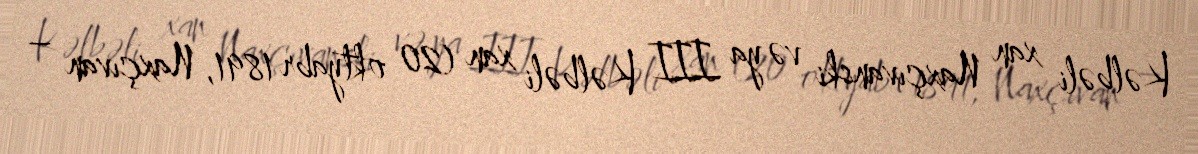
Kəlbəli xan Naxçıvanski və ya III Kəlbəli xan (20 oktyabr 1891, Naxçıvan –